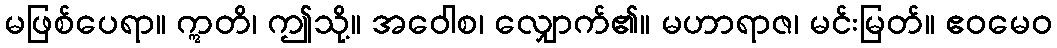
မဖြစ်ပေရာ။ ဣတိ၊ ဤသို့။ အဝေါစ၊ လျှောက်၏။ မဟာရာဇ၊ မင်းမြတ်။ ဧဝမေဝ